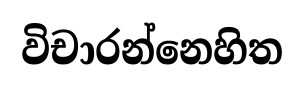
විචාරන්නෙහිත